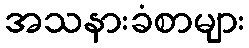
အသနားခံစာများ